Report of the Indian Hemp Drugs Commission, 1894-1895 - Volume VII
Year: 1894
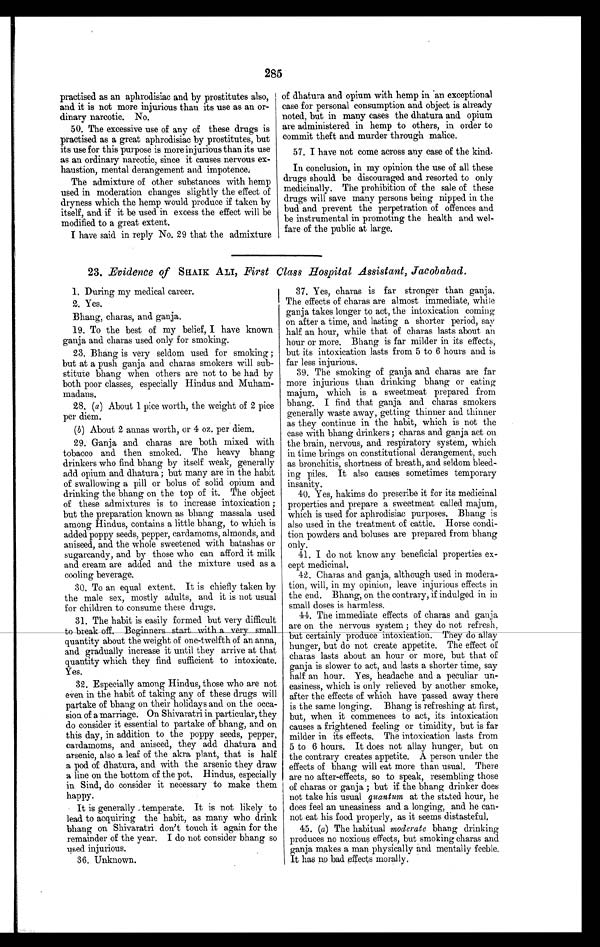
285
practised as an aphrodisiac and by prostitutes also,
and it is not more injurious than its use as an or-
dinary narcotic. No.
50. The excessive use of any of these drugs is
practised as a great aphrodisiac by prostitutes, but
its use for this purpose is more injurious than its use
as an ordinary narcotic, since it causes nervous ex-
haustion, mental derangement and impotence.
The admixture of other substances with hemp
used in moderation changes slightly the effect of
dryness which the hemp would produce if taken by
itself, and if it be used in excess the effect will be
modified to a great extent.
I have said in reply No. 29 that the admixture
of dhatura and opium with hemp in an exceptional
case for personal consumption and object is already
noted, but in many cases the dhatura and opium
are administered in hemp to others, in order to
commit theft and murder through malice.
57. I have not come across any case of the kind.
In conclusion, in my opinion the use of all these
drugs should be discouraged and resorted to only
medicinally. The prohibition of the sale of these
drugs will save many persons being nipped in the
bud and prevent the perpetration of offences and
be instrumental in promoting the health and wel-
fare of the public at large.
23. Evidence of SHAIK ALI, First Class Hospital Assistant,Jacobabad.
1. During my medical career.
2. Yes.
Bhang, charas, and ganja.
19. To the best of my belief, I have known
ganja and charas used only for smoking.
23. Bhang is very seldom used for smoking;
but at a push ganja and charas smokers will sub-
stitute bhang when others are not to be had by
both poor classes, especially Hindus and Muham-
madans.
28. (a ) About 1 pice worth, the weight of 2 pice
per diem.
( b ) About 2 annas worth, or 4 oz. per diem.
29. Ganja and charas are both mixed with
tobacco and then smoked. The heavy bhang
drinkers who find bhang by itself weak, generally
add opium and dhatura; but many are in the habit
of swallowing a pill or bolus of solid opium and
drinking the bhang on the top of it. The object
of these admixtures is to increase intoxication;
but the preparation known as bhang massala used
among Hindus, contains a little bhang, to which is
added poppy seeds, pepper, cardamoms, almonds, and
aniseed, and the whole sweetened with batashas or
sugarcandy, and by those who can afford it milk
and cream are added and the mixture used as a
cooling beverage.
30. To an equal extent. It is chiefly taken by
the male sex, mostly adults, and it is not usual
for children to consume these drugs.
31. The habit is easily formed but very difficult
to breako f f . B e g i n n e r s s t a r t w i t h a v e r y s m a l l
quantity about the weight of one-twelfth of an anna,
and gradually increase it until they arrive at that
quantity which they find sufficient to intoxicate.
Yes.
32. Especially among Hindus, those who are not
even in the habit of t a k i n g a n y o f t h e s e d r u g s wi l l
partake of bhang on their holidays and on the occa--
sion of a marriage. On Shivaratri in particular, they
do consider it essential to partake of bhang, and on
this day, in addition to the poppy seeds, pepper,
cardamoms, and aniseed, they add dhatura and
arsenic, also a leaf of the akra plant, that is half
a pod of dhatura, and with the arsenic they draw
a line on the bottom of the pot. Hindus, especially
in Sind, do consider it necessary to make them
happy.
It is generally temperate. It is not likely to
lead to acquiring the habit, as many who drink
bhang on Shivaratri don't touch it again for the
remainder of the year. I do not consider bhang so
used injurious.
36. Unknown.
37. Yes, charas is far stronger than ganja.
The effects of charas are almost immediate, while
ganja takes longer to act, the intoxication coming
on after a time, and lasting a shorter period, say
half an hour, while that of charas lasts about an
hour or more. Bhang is far milder in its effects,
but its intoxication lasts from 5 to 6 hours and is
far less injurious.
39. The smoking of ganja and charas are far
more injurious than drinking bhang or eating
majum, which is a sweetmeat prepared from
bhang. I find that ganja and charas smokers
generally waste away, getting thinner and thinner
as they continue in the habit, which is not the
case with bhang drinkers; charas and ganja act on
the brain, nervous, and respiratory system, which
in time brings on constitutional derangement, such
as bronchitis, shortness of breath, and seldom bleed-
ing piles. It also causes sometimes temporary
insanity.
40. Yes, hakims do prescribe it for its medicinal
properties and prepare a sweetmeat called majum,
which is used for aphrodisiac purposes. Bhang is
also used in the treatment of cattle. Horse condi-
tion powders and boluses are prepared from bhang
only.
41. I do not know any beneficial properties ex-
-cept medicinal.
42. Charas and ganja, although used in modera-
tion, will, in my opinion, leave injurious effects in
the end. Bhang, on the contrary, if indulged in in
small doses is harmless.
44. The immediate effects of charas and ganja
are on the nervous system; they do not refresh,
but certainly produce intoxication. They do allay
hunger, but do not create appetite. The effect of
charas lasts about an hour or more, but that of
ganja is slower to act, and lasts a shorter time, say
half an hour. Yes, headache and a peculiar un--
easiness, which is only relieved by another smoke,
after the effects of which have passed away there
is the same longing. Bhang is refreshing at first,
but, when it commences to act, its intoxication
causes a frightened feeling or timidity, but is far
milder in its effects. The intoxication lasts from
5 to 6 hours. It does not allay hunger, but on
the contrary creates appetite. A person under the
effects of bhang will eat more than usual. There
are no after-effects, so to speak, resembling those
of charas or ganja; but if the bhang drinker does
not take his usual quantum at the stated hour, he
does feel an uneasiness and a longing, and he can--
not eat his food properly, as it seems distasteful.
45. (a) The habitual moderate bhang drinking
produces no noxious effects, but smoking charas and
ganja makes a man physically and mentally feeble.
It has no bad effects morally.